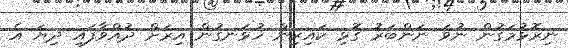
ނިރޮޅުމަގުން ނުވަ ނަންބަރު ގޮޅި ކައިރިން ހުޅަނގުން އިރަށް ދުއްވާފައި ދިޔަ އެ